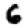
Digit: 6